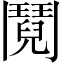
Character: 鬩